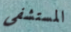
المستشفى